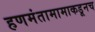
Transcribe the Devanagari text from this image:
हणमंतामामाकडूनच